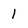
Character: 1